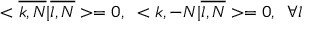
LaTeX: < \overline { { { k , N } } } | \overline { { { l , N } } } > = 0 , \; \; < k , - N | \overline { { { l , N } } } > = 0 , \; \; \forall l